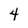
Character: 4